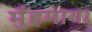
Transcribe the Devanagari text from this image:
मुँहमागा